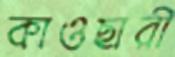
কাওছারী